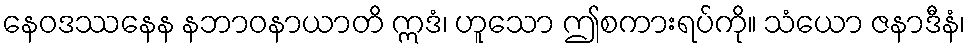
နေဝဒဿနေန နဘာဝနာယာတိ ဣဒံ၊ ဟူသော ဤစကားရပ်ကို။ သံယော ဇနာဒီနံ၊